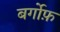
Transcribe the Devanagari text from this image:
बर्गोफ़